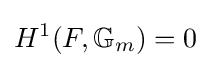
H^{1}(F,\mathbb {G} _{m})=0